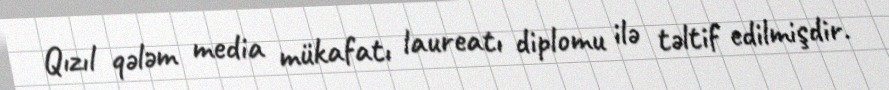
Qızıl qələm media mükafatı laureatı diplomu ilə təltif edilmişdir.